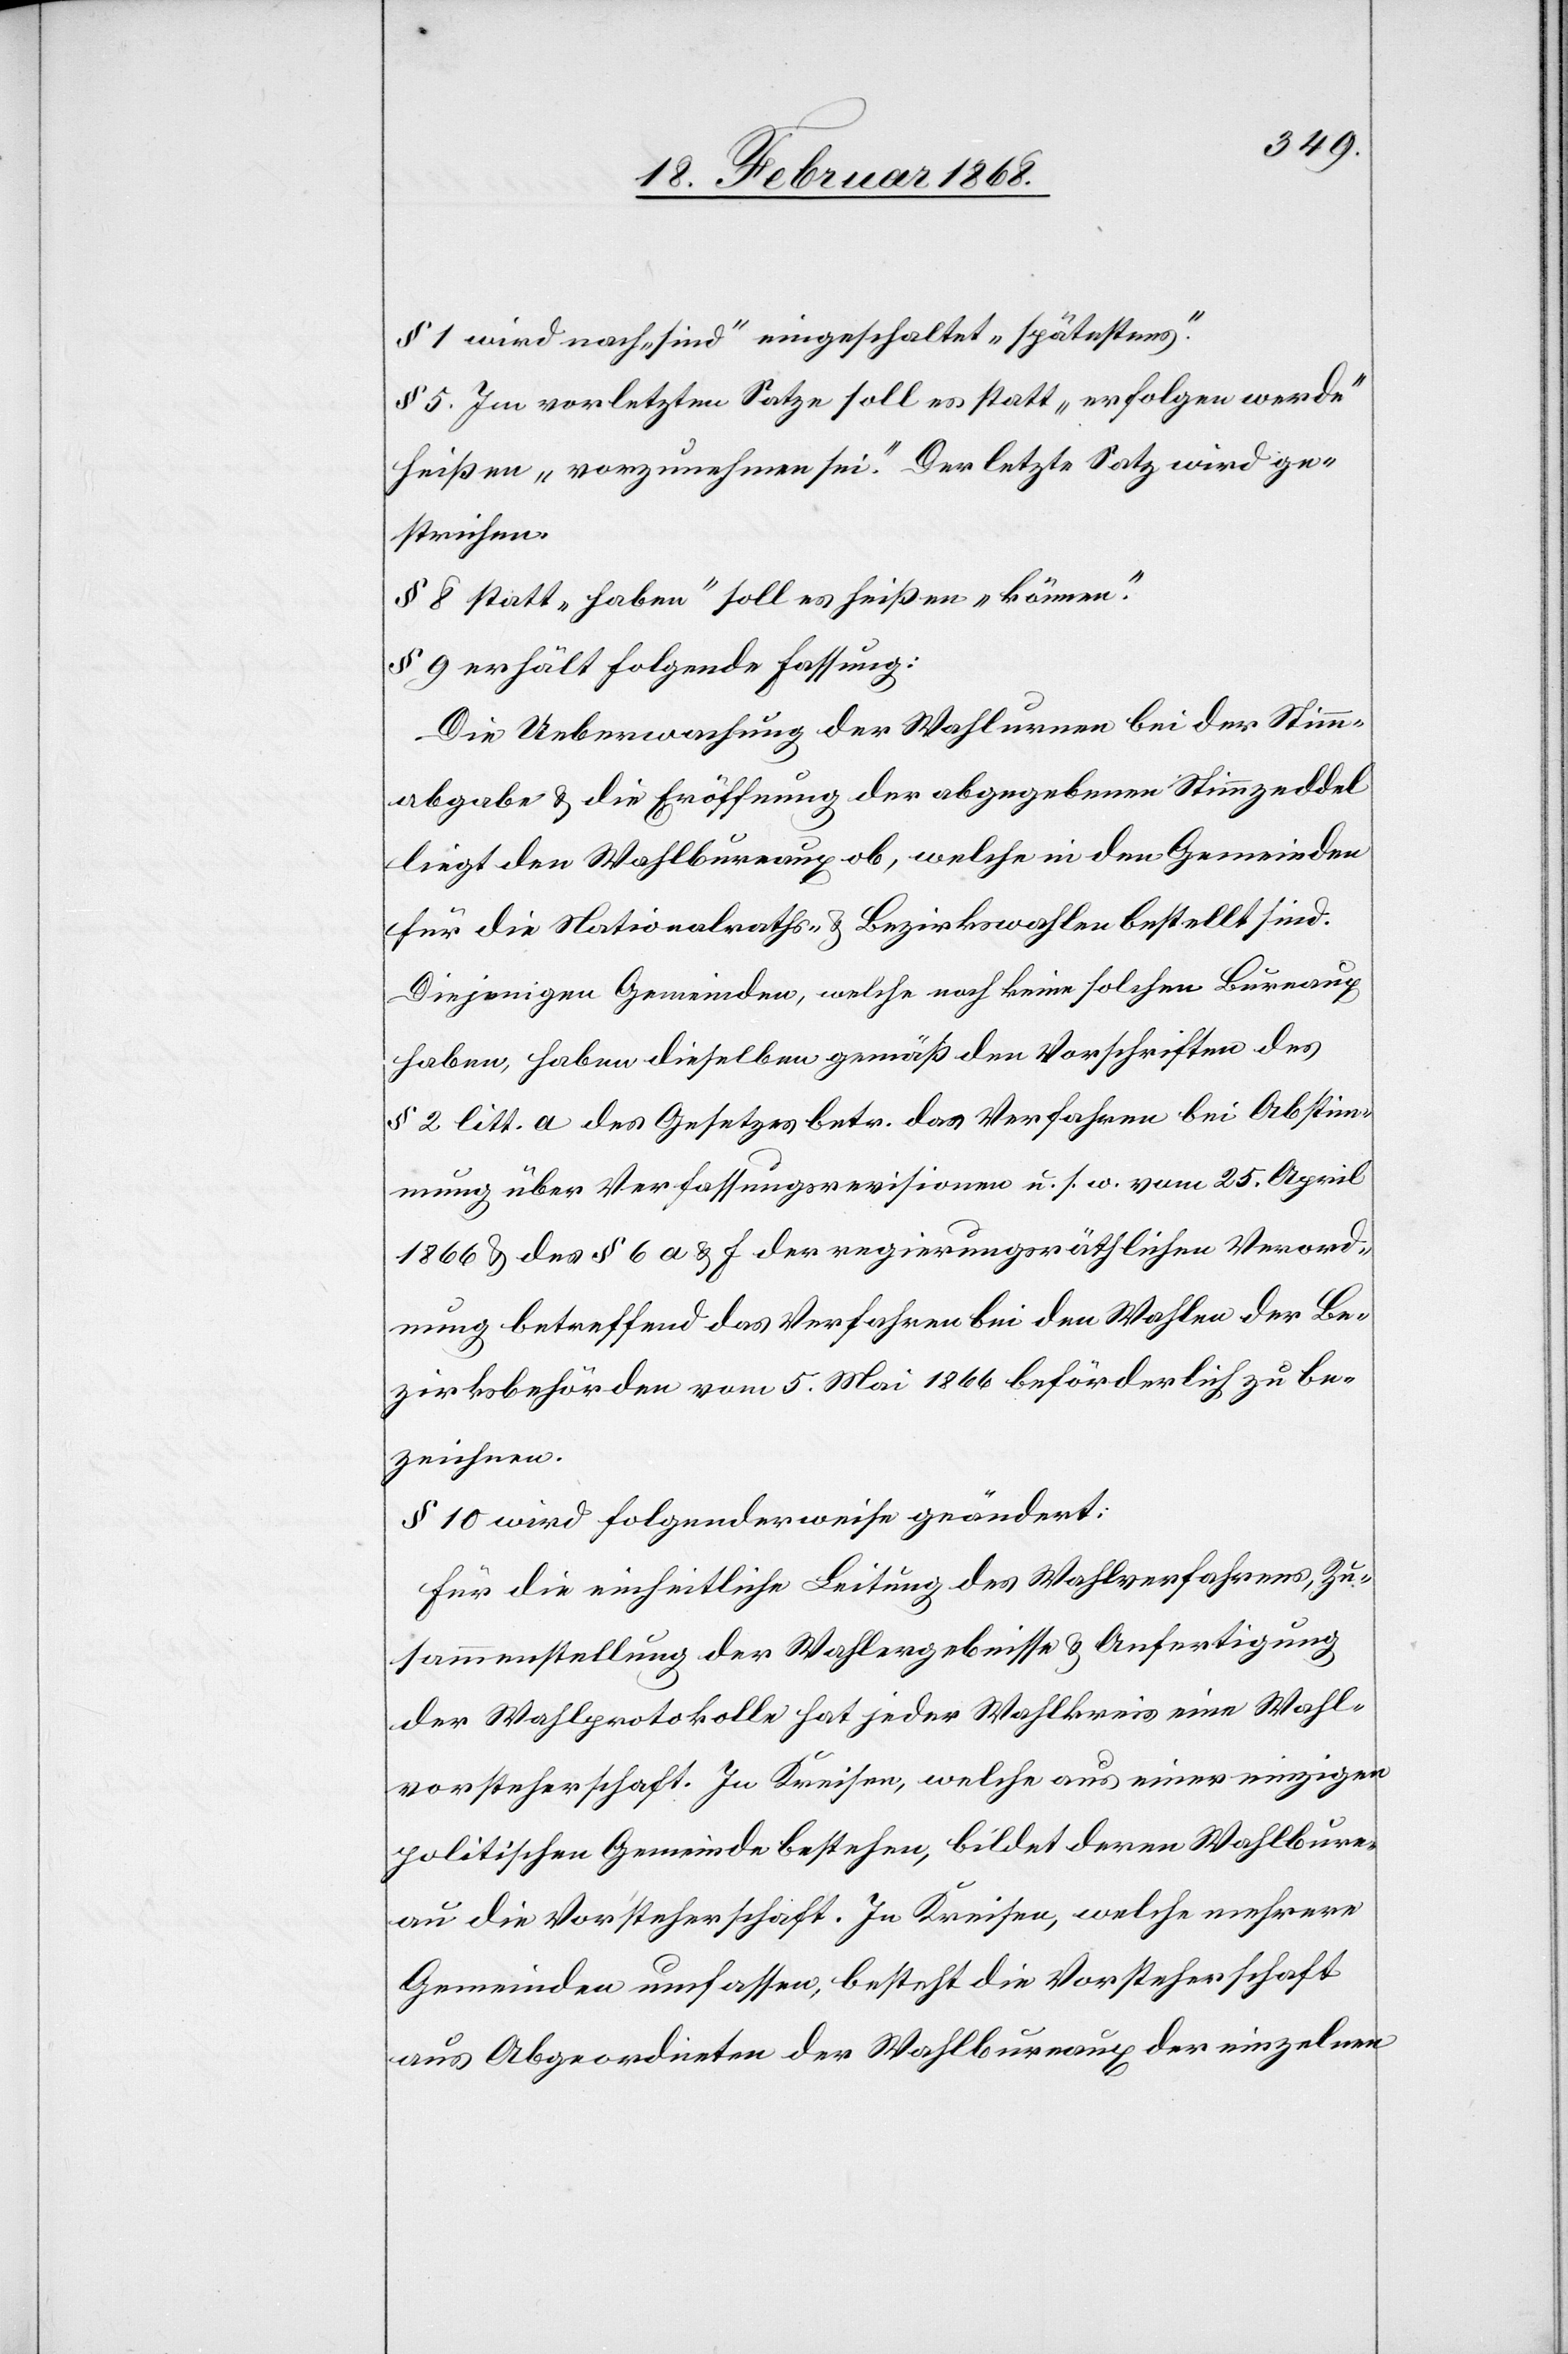
§ 1 wird nach „sind“ eingeschaltet „spätestens“.
§ 5. Im vorletzten Satze soll es statt „erfolgen werde“
heißen „vorzunehmen sei“. Der letzte Satz wird ge¬
strichen.
§ 8 statt „haben“ soll es heißen „können“.
§ 9 erhält folgende Fassung:
Die Ueberwachung der Wahlurnen bei der Stimm¬
abgabe & die Eröffnung der abgegebenen Stimmzeddel
liegt den Wahlbureaux ob, welche in den Gemeinden
für die Nationalraths- & Bezirkswahlen bestellt sind.
Diejenigen Gemeinden, welche noch keine solchen Bureaux
haben, haben dieselben gemäß den Vorschriften des
§ 2 litt. a des Gesetzes betr. das Verfahren bei Abstim¬
mung über Verfassungsrevisionen u. s. w. vom 25. April
1866 & des § 6 a & f der regierungsräthlichen Verord¬
nung betreffend das Verfahren bei den Wahlen der Be¬
zirksbehörden vom 5. Mai 1866 beförderlich zu be¬
zeichnen.
§ 10 wird folgenderweise geändert:
Für die einheitliche Leitung des Wahlverfahrens, Zu¬
sammenstellung der Wahlergebnisse & Anfertigung
der Wahlprotokolle hat jeder Wahlkreis eine Wahl¬
vorsteherschaft. In Kreisen, welche aus einer einzigen
politischen Gemeinde bestehen, bildet deren Wahlbure¬
au die Vorsteherschaft. In Kreisen, welche mehrere
Gemeinden umfassen, besteht die Vorsteherschaft
aus Abgeordneten der Wahlbureaux der einzelnen